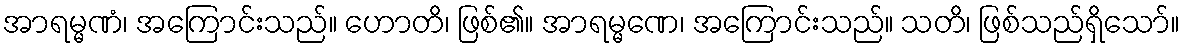
အာရမ္မဏံ၊ အကြောင်းသည်။ ဟောတိ၊ ဖြစ်၏။ အာရမ္မဏေ၊ အကြောင်းသည်။ သတိ၊ ဖြစ်သည်ရှိသော်။